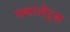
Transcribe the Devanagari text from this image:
फ्थालेट्स